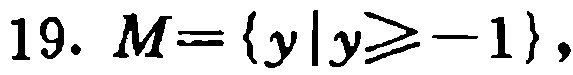
19. \(M = \{ y|y\geq - 1\}\)